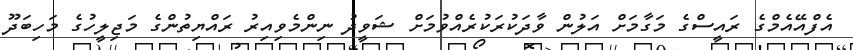
އެފްއޭއެމްގެ ރައީސްގެ މަގާމަށް އަލުން ވާދަކުރަކުރެއްވުމަށް ޝަވީދު ނިންމެވިއިރު ރައްޔިތުންގެ މަޖިލީހުގެ މަހިބަދޫ